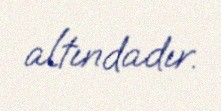
altındadır.